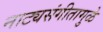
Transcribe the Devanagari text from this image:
नाट्यसंगीतामुळे